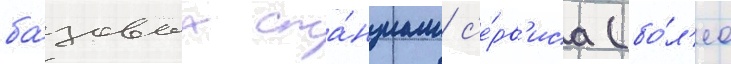
ба́зовых ста́нциам с'е́рв'иса (бо́л'ее